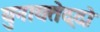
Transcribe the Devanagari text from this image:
युनायतेद्दो